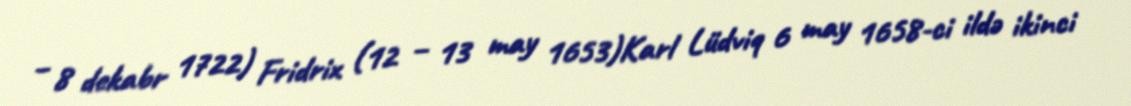
– 8 dekabr 1722) Fridrix (12 – 13 may 1653)Karl Lüdviq 6 may 1658-ci ildə ikinci